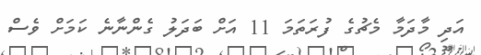
އަދި މާދަމާ މެޗުގެ ފުރަތަމަ 11 އަށް ބަދަލު ގެންނާނެ ކަމަށް ވެސް